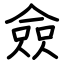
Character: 僉